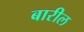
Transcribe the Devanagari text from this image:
बारील